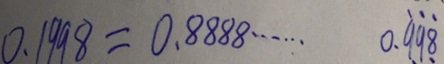
0 . 1 9 9 8 = 0 . 8 8 8 8 \cdots 0 . \dot { 9 } \dot { 9 } \dot { 8 }